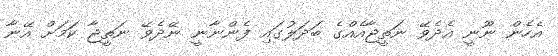
އެހެން ނޫނީ އެދެވޭ ނަތީޖާއެއްގެ ބަދަލުގައި ފެންނާނީ ނޭދެވޭ ނަތީޖާ ކަމަށް އޭނާ